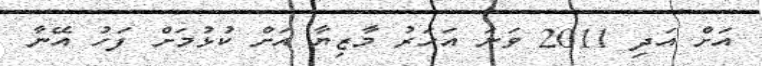
އަށް އަދި 2011 ވަނަ އަހަރު މާޒިޔާ އަށް ކުޅުމަށް ފަހު އޭނާ